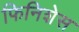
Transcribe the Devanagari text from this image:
फिनिशेस